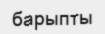
барыпты